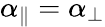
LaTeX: \alpha_{\parallel}=\alpha_{\perp}